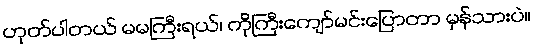
ဟုတ်ပါတယ် မမကြီးရယ်၊ ကိုကြီးကျော်မင်းပြောတာ မှန်သားပဲ။